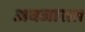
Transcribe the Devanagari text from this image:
अवजारात